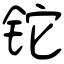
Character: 铊